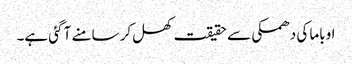
اوباما کی دھمکی سے حقیقت کھل کر سامنے آ گئی ہے۔